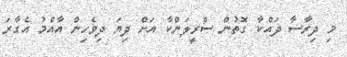
މި ދިރާސާ ދައްކާ ގޮތުން ސްރީލަންކާ އަށް ދިޔަ ދިވެހިން އާއްމު އެގާރަ